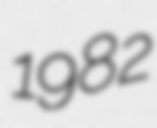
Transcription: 1982